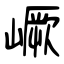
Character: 嶥